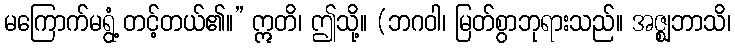
မကြောက်မရွံ့ တင့်တယ်၏။” ဣတိ၊ ဤသို့။ (ဘဂဝါ၊ မြတ်စွာဘုရားသည်။ အဇ္ဈဘာသိ၊